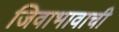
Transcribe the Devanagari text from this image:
जिवाभावाची